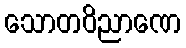
သောတဝိညာဏေ